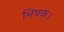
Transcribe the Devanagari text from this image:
भिषक।